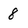
Character: 8